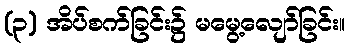
(၃) အိပ်စက်ခြင်း၌ မမွေ့လျော်ခြင်း။